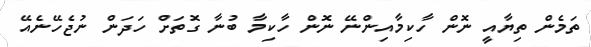
ތަމެން ތިޔާއީ ނޮން ހާކިމާއިންނޭ ނޮން ހާކިމާ ބުނާ ގޮތަށް ހަދަން ނުޖެހޭނެއޭ